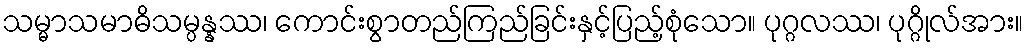
သမ္မာသမာဓိသမ္ပန္နဿ၊ ကောင်းစွာတည်ကြည်ခြင်းနှင့်ပြည့်စုံသော။ ပုဂ္ဂလဿ၊ ပုဂ္ဂိုလ်အား။